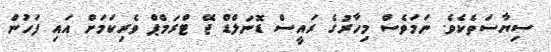
ސިޔާސަތެކެވެ. ނަމަވެސް މިހާރުގެ ރައީސް ޑޮނަލްޑް ޖޭ ޓްރަމްޕް ވެރިކަމަށް އައި ފަހުން